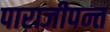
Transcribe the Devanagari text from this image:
पाराजीपन्त